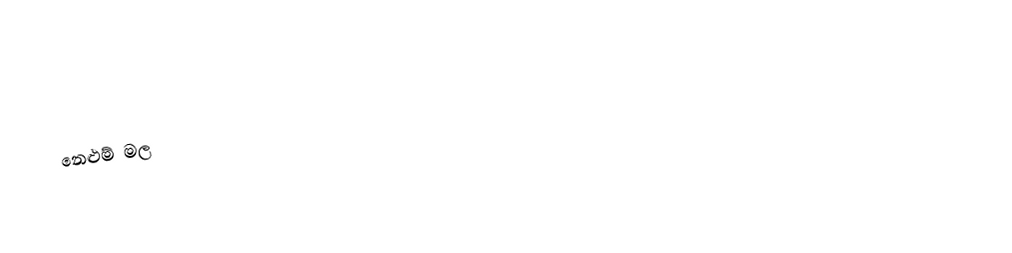
නෙළුම් මල